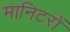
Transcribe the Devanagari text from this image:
मानिटरों